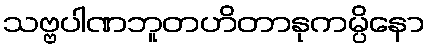
သဗ္ဗပါဏဘူတဟိတာနုကမ္ပိနော